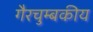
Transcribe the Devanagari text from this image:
गैरचुम्बकीय